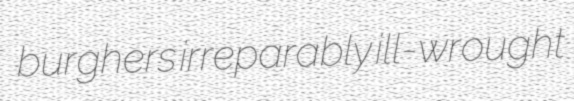
burghers irreparably ill-wrought